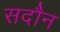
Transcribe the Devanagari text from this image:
सदौन